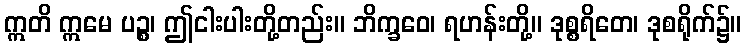
ဣတိ ဣမေ ပဉ္စ၊ ဤငါးပါးတို့တည်း။ ဘိက္ခဝေ၊ ရဟန်းတို့။ ဒုစ္စရိတေ၊ ဒုစရိုက်၌။